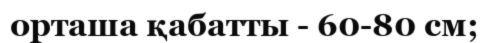
орташа қабатты - 60-80 см;